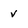
Character: v